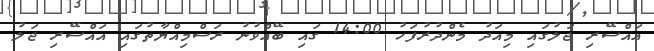
އައްސޭރި ޖަލުގައި މިއަދު މެންދުރުފަހު 14:00 ގައި ބޭއްވުނު ރަސްމިއްޔާތުގައި އައްސޭރި ޖަލު